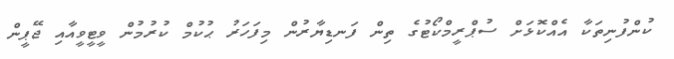
ކުންފުނިތަކާ އެއްކޮޅަށް ސުޕްރީމްކޯޓުގެ ތިން ފަނޑިޔާރުން މިފަހަރު ޙުކުމް ކުރުމުން ވީޓީވީއާއި ޖޭޕީން